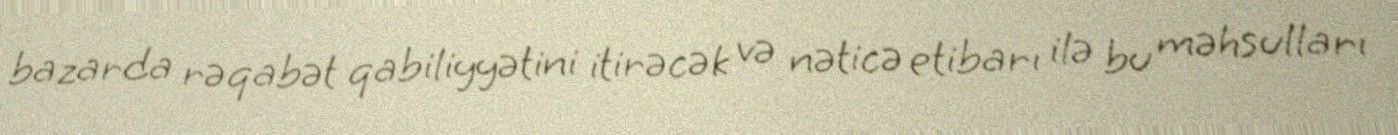
bazarda rəqabət qabiliyyətini itirəcək və nəticə etibarı ilə bu məhsulları